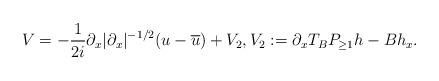
LaTeX: \begin{align*}& V = -\frac{1}{2i} \partial_x |\partial_x|^{-1/2} (u-\overline{u}) + V_2 ,V_2 := \partial_x T_B P_{\geq 1}h - B h_x . \end{align*}